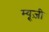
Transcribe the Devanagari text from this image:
म्यू़ज़ी